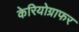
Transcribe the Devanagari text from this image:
केरियोग्राफर